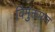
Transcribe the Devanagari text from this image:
विमुक्तायन